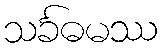
သင်္ခဓမဿ